Insane asylums in Bengal annual reports 1876-1887 - 1876-1887
Year: 1876
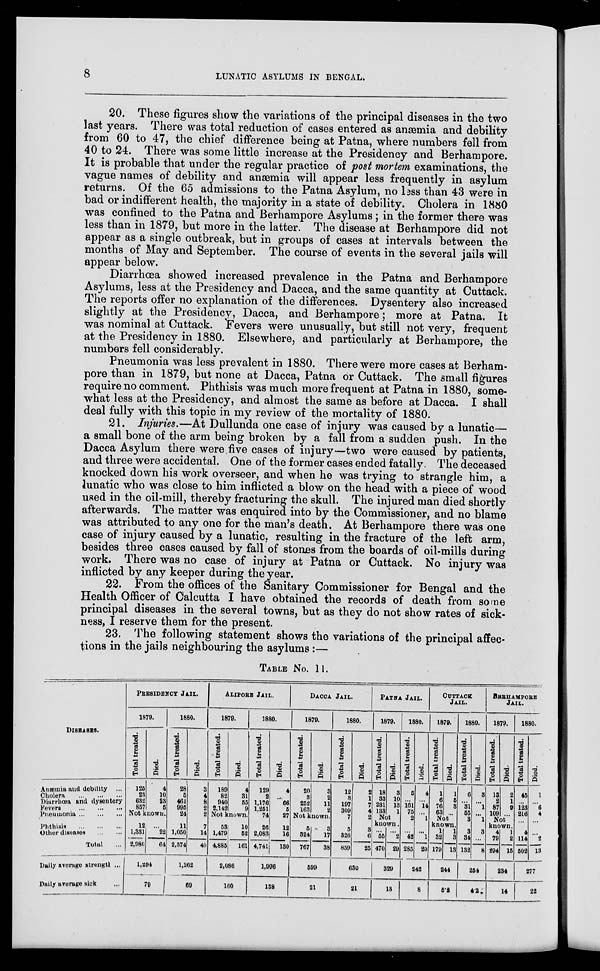
8
LUNATIC ASYLUMS IN BENGAL.
20. These figures show the variations of the principal diseases in the two
last years. There was total reduction of cases entered as anæmia and debility
from 60 to 47, the chief difference being at Patna, where numbers fell from
40 to 24. There was some little increase at the Presidency and Berhampore.
It is probable that under the regular practice of post mortem examinations, the
vague names of debility and anæmia will appear less frequently in asylum
returns. Of the 65 admissions to the Patna Asylum, no less than 43 were in
bad or indifferent health, the majority in a state of debility. Cholera in 1880
was confined to the Patna and Berhampore Asylums ; in the former there was
less than in 1879, but more in the latter. The disease at Berhampore did not
appear as a single outbreak, but in groups of cases at intervals between the
months of May and September. The course of events in the several jails will
appear below.
Diarrhœa showed increased prevalence in the Patna and Berhampore
Asylums, less at the Presidency and Dacca, and the same quantity at Cuttack.
The reports offer no explanation of the differences. Dysentery also increased
slightly at the Presidency, Dacca, and Berhampore; more at Patna. It
was nominal at Cuttack. Fevers were unusually, but still not very, frequent
at the Presidency in 1880. Elsewhere, and particularly at Berhampore, the
numbers fell considerably.
Pneumonia was less prevalent in 1880. There were more cases at Berham-
pore than in 1879, but none at Dacca, Patna or Cuttack. The small figures
require no comment. Phthisis was much more frequent at Patna in 1880, some-
what less at the Presidency, and almost the same as before at Dacca. I shall
deal fully with this topic in my review of the mortality of 1880.
21. Injuries.—At Dullunda one case of injury was caused by a lunatic—
a small bone of the arm being broken by a fall from a sudden push. In the
Dacca Asylum there were five cases of injury—two were caused by patients,
and three were accidental. One of the former cases ended fatally. The deceased
knocked down his work overseer, and when he was trying to strangle him, a
lunatic who was close to him inflicted a blow on the head with a piece of wood
used in the oil-mill, thereby fracturing the skull. The injured man died shortly
afterwards. The matter was enquired into by the Commissioner, and no blame
was attributed to any one for the man's death. At Berhampore there was one
case of injury caused by a lunatic, resulting in the fracture of the left arm,
besides three cases caused by fall of stones from the boards of oil-mills during
work. There was no case of injury at Patna or Cuttack. No injury was
inflicted by any keeper during the year.
22. From the offices of the Sanitary Commissioner for Bengal and the
Health Officer of Calcutta I have obtained the records of death from some
principal diseases in the several towns, but as they do not show rates of sick-
ness, I reserve them for the present.
23. The following statement shows the variations of the principal affec-
tions in the jails neighbouring the asylums :—
TABLE NO. 11.
DISEASES.
Anæmia and debility ...
Cholera
...
...
...
Diarrhœa and dysentery
Fevers
...
...
...
Pneumonia ... ... ...
Phthisis
...
...
...
Other diseases ... ...
Total ...
Daily average strength ...
Daily average sick
...
PRESIDENCY JAIL.
1879.
Total treated.
125
23
632
857
Died.
4
10
23
5
Not known.
12
1,331
2,980
...
22
64
1,294
79
1880.
Total treated.
28
5
461
995
24
11
1,050
2,574
Died.
3
4
8
2
2
7
14
40
1,262
69
ALIPORE JAIL.
1879.
Total treated.
189
82
940
2,142
Died.
4
31
55
9
Not known.
53
1,479
4,885
10
52
161
2,086
160
1880.
Total treated.
129
2
1,176
1,251
74
26
2,083
4,741
Died.
4
...
66
5
27
12
16
130
1,996
138
DACCA JAIL.
1879.
Total treated.
20
3
252
163
Died.
3
2
11
2
Not known.
5
324
767
3
17
38
599
21
1880.
Total treated.
12
3
197
309
7
5
326
859
Died.
2
1
7
4
2
3
6
25
630
21
PATNA JAIL.
1879.
Total treated.
18
33
231
133
Died.
3
10
13
1
Not
known.
...
55
470
...
2
29
329
13
1880.
Total treated.
5
...
161
75
2
...
42
285
Died.
4
...
14
...
1
...
1
20
242
8
CUTTACK
JAIL.
1879.
Total created.
1
6
76
63
Died.
1
5
3
...
Not
known.
1
32
179
1
3
13
244
5.2
1880.
Total treated.
6
...
31
55
3
3
34
132
Died.
3
...
1
...
1
3
...
8
254
4.2
BERHAMPORE
JAIL.
1879.
Total treated.
13
2
87
109
Died.
2
1
9
...
Not
known.
4
79
294
1
2
15
234
14
1880.
Total treated.
45
...
123
216
...
4
114
502
Died.
1
...
6
4
...
...
2
13
277
22